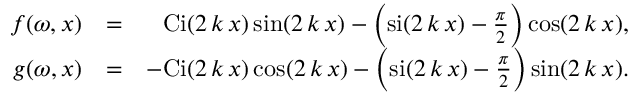
\begin{array} { r l r } { f ( \omega , x ) } & { = } & { \mathrm { C i } ( 2 \, k \, x ) \sin ( 2 \, k \, x ) - \left( \mathrm { s i } ( 2 \, k \, x ) - \frac { \pi } { 2 } \right) \cos ( 2 \, k \, x ) , } \\ { g ( \omega , x ) } & { = } & { \mathrm { - C i } ( 2 \, k \, x ) \cos ( 2 \, k \, x ) - \left( \mathrm { s i } ( 2 \, k \, x ) - \frac { \pi } { 2 } \right) \sin ( 2 \, k \, x ) . } \end{array}